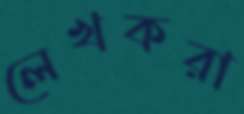
লেখকরা